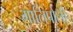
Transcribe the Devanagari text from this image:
गालिपोली